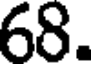
68.